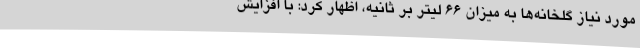
مورد نیاز گلخانه‌ها به میزان 66 لیتر بر ثانیه، اظهار کرد: با افزایش